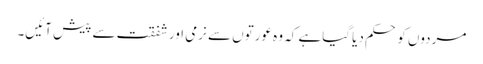
مردوں کو حکم دیا گیاہے کہ وہ عورتوں سے نرمی اورشفقت سے پیش آئیں۔